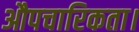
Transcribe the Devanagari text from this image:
औपचारिकता।